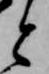
と